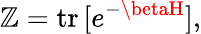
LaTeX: \mathbb{Z}=\mathrm{{tr}}\, [e^{-\betaH}],